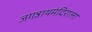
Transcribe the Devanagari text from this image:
जगन्नाथमंदिराला